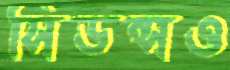
সিডন্সও